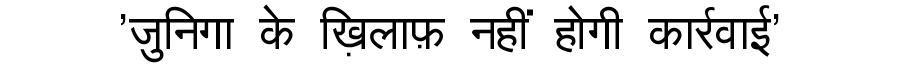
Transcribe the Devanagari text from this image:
'जुनिगा के ख़िलाफ़ नहीं होगी कार्रवाई'